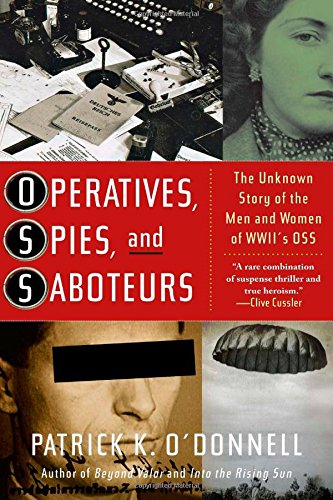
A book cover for Operatives, Spies, and Saboteurs: The Unknown Story of the Men and Women of World War II's OSS; Patrick K. O'Donnell; Biographies & Memoirs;